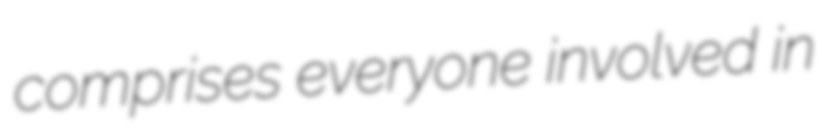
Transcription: comprises everyone involved in